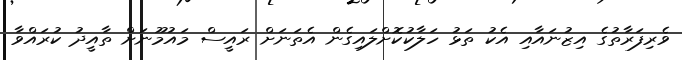
ވެރިފަރާތުގެ އިޒުނައާއި އެކު ތަޅު ހަލާކުކޮށްލައިގެން އެތަނަށް ރައީސް މައުމޫނަށް ތާއީދު ކުރައްވާ